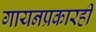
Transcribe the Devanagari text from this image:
गायनप्रकारही